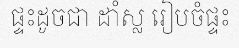
ផ្ទះដូចជា ដាំស្ល រៀបចំផ្ទះ